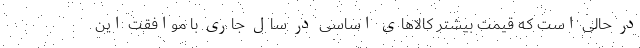
در حالی است که قیمت بیشتر کالاهای اساسی در سال جاری با موافقت این